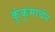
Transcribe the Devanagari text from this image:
कुंकुमार्चन